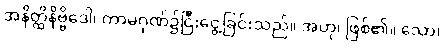
အနိတ္ထိနိဗ္ဗိဒေါ၊ ကာမဂုဏ်၌ငြီးငွေ့ခြင်းသည်။ အဟု၊ ဖြစ်၏။ သော၊